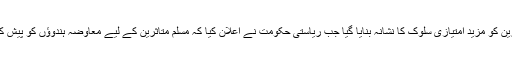
ہنگاموں کے شکار مسلمان متاثرین کو مزید امتیازی سلوک کا نشانہ بنایا گیا جب ریاستی حکومت نے اعلان کیا کہ مسلم متاثرین کے لیے معاوضہ ہندوؤں کو پیش کی جانے والی رقم کا نصف ہوگا۔